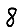
Digit: 8